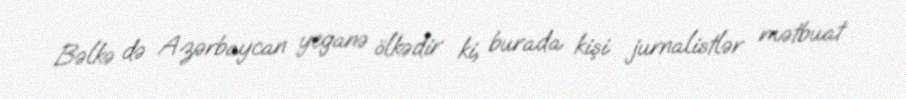
Bəlkə də Azərbaycan yeganə ölkədir ki, burada kişi jurnalistlər mətbuat